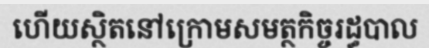
ហើយស្ថិតនៅក្រោមសមត្ថកិច្ចរដ្ធបាល